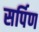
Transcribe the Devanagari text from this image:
सर्पिण